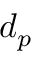
d _ { p }